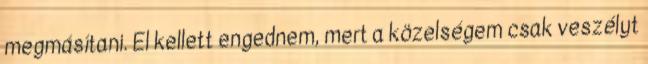
megmásítani. El kellett engednem, mert a közelségem csak veszélyt